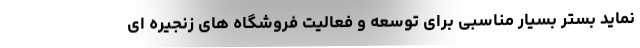
نماید بستر بسیار مناسبی برای توسعه و فعالیت فروشگاه های زنجیره ای